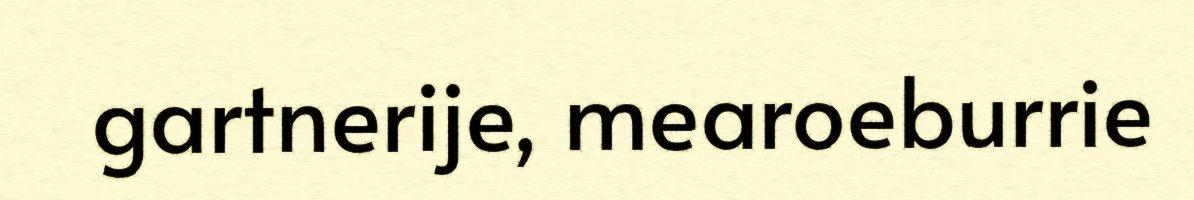
gartnerije, mearoeburrie